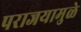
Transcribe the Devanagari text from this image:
पराजयामुळे